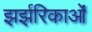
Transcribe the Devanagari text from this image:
झर्झरिकाओं